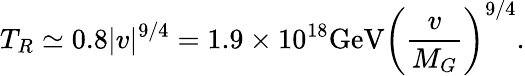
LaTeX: T_{R}\simeq 0.8|v|^{9/4}=1.9\times 10^{18}\mathrm{GeV}\left(\frac{v}{M_{G}}\right)^{9/4}.